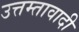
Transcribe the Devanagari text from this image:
उत्तम्तावादी